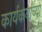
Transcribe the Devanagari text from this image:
कार्यकर्यांच्या